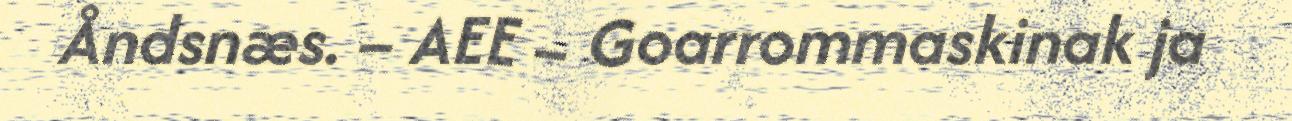
Åndsnæs. – AEE – Goarrommaskinak ja